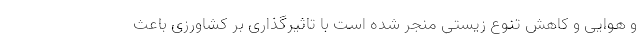
و هوایی و کاهش تنوع زیستی منجر شده است با تاثیرگذاری بر کشاورزی باعث